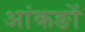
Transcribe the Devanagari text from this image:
आंकङों